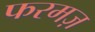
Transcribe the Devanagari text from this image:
फरमज़